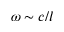
\omega \sim c / l